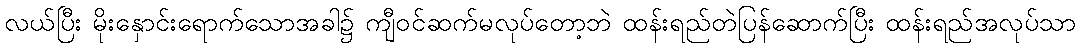
လယ်ပြီး မိုးနှောင်းရောက်သောအခါ၌ ကျီဝင်ဆက်မလုပ်တော့ဘဲ ထန်းရည်တဲပြန်ဆောက်ပြီး ထန်းရည်အလုပ်သာ